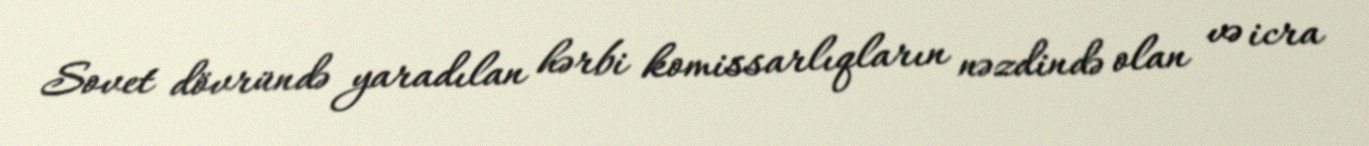
Sovet dövründə yaradılan hərbi komissarlıqların nəzdində olan və icra